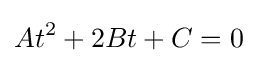
At^{2}+2Bt+C=0